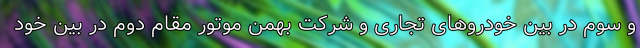
و سوم در بین خودروهای تجاری و شرکت بهمن موتور مقام دوم در بین خود